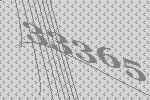
33365